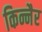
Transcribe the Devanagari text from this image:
किन्नैर